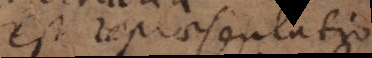
est repraesentatio